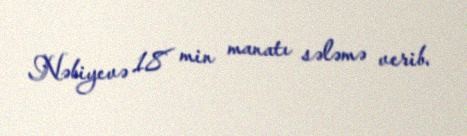
Nəbiyevə 18 min manatı sələmə verib.